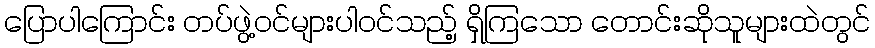
ပြောပါကြောင်း တပ်ဖွဲ့ဝင်များပါဝင်သည့် ရှိကြသော တောင်းဆိုသူများထဲတွင်